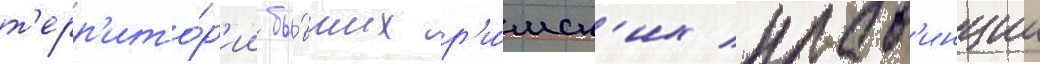
т'ерр'ито́р'ии бы́вших р'и́мск'их пров'инции